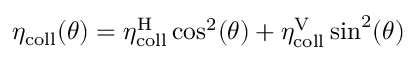
\eta _ { \mathrm { c o l l } } ( \theta ) = \eta _ { \mathrm { c o l l } } ^ { \mathrm { H } } \cos ^ { 2 } ( \theta ) + \eta _ { \mathrm { c o l l } } ^ { \mathrm { V } } \sin ^ { 2 } ( \theta )